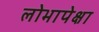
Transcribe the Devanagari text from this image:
लोभापेक्षा